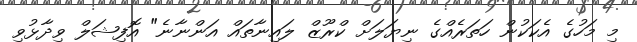
މި މަހުގެ އެކަކުން ހަތަރެއްގެ ނިޔަލަށް ކްރޫޒް ލައިނާތައް އަންނާނެ" އޮފިޝަލް ވިދާޅުވި